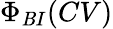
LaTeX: \Phi_{\mathit{B}I}(CV)